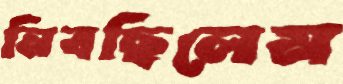
নিবছিলেম